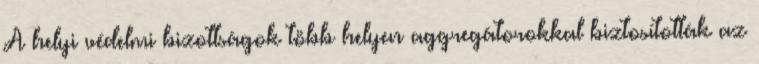
A helyi védelmi bizottságok több helyen aggregátorokkal biztosították az